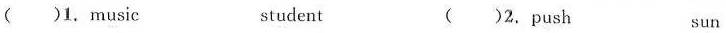
()1. music student ()2.push sun